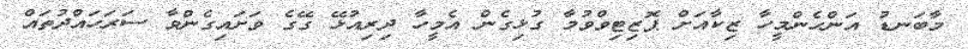
މާބަނޑު އަންހެންމީހާ ޒިކާއަށް ޕޮޒިޓިވްވުމާ ގުޅިގެން އެމީހާ ދިރިއުޅޭ ގޭގެ ވަށައިގެންވާ ސަރަހައްދުތައް